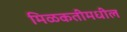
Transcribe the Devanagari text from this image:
मिळकतीमधील